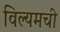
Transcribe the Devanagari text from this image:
विल्यमची